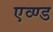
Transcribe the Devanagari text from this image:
एव्ण्ड